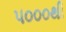
૫૦૦૦થી